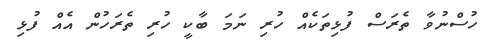
ހުސްނުވާ ތެރަސް ފުޅިތަކެއް ހުރި ނަމަ ބާކީ ހުރި ތެރަހުން އެއް ފުޅި